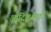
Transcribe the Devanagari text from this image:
आदिलशाहों